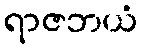
ရာဇဘယံ